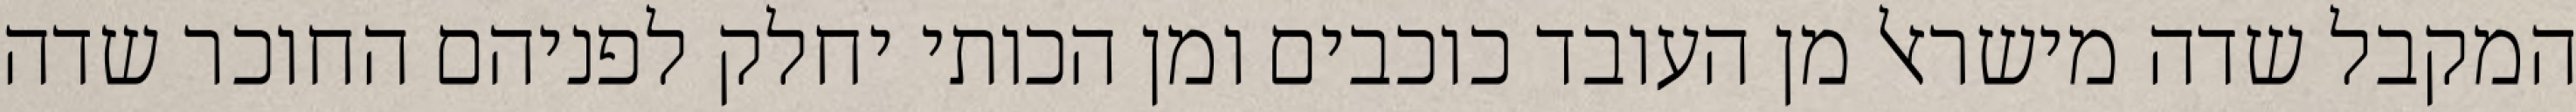
המקבל שדה מישראל מן העובד כוכבים ומן הכותי יחלק לפניהם החוכר שדה